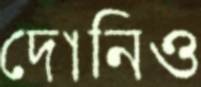
দোনিও